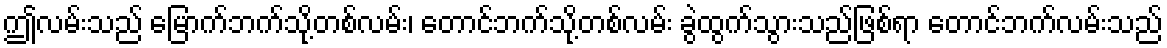
ဤလမ်းသည် မြောက်ဘက်သို့တစ်လမ်း၊ တောင်ဘက်သို့တစ်လမ်း ခွဲထွက်သွားသည်ဖြစ်ရာ တောင်ဘက်လမ်းသည်